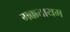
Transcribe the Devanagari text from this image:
मक्कत्तायम